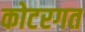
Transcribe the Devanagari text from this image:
कोटरगत